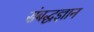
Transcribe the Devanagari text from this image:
संबद्धज्ञान